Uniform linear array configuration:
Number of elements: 16
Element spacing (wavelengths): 0.5
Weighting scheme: binomial
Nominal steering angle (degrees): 15
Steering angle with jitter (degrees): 15.397
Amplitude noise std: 0.05
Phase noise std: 0.05

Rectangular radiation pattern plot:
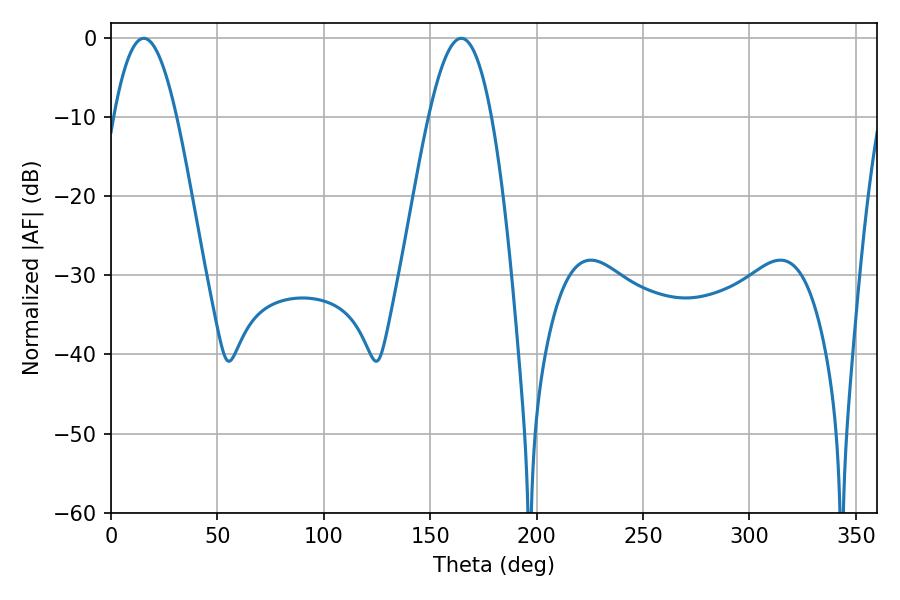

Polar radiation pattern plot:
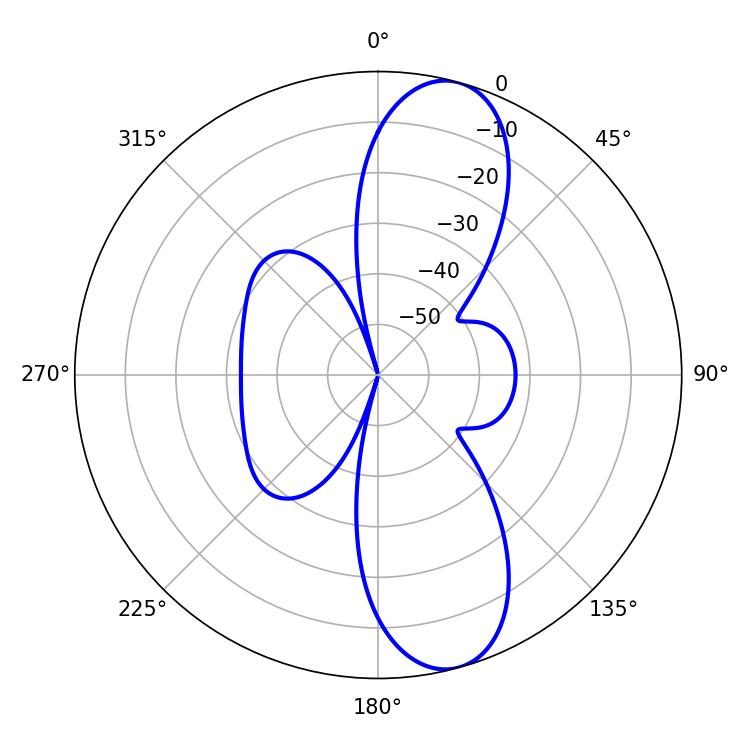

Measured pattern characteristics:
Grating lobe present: FALSE
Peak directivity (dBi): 10.89
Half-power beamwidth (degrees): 16.02
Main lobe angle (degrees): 15.48